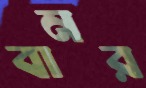
বানর